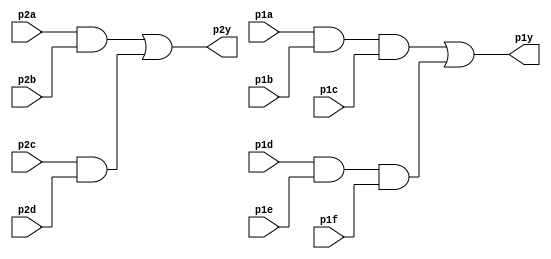
module top_module ( 
  input p1a, p1b, p1c, p1d, p1e, p1f,
  output p1y,
  input p2a, p2b, p2c, p2d,
  output p2y );
  
  wire p1abc;
  wire p1def;
  wire p2ab;
  wire p2cd;
  
  assign p1abc = (p1a && p1b && p1c);
  assign p1def = (p1d && p1e && p1f);
  assign p2ab = (p2a && p2b);
  assign p2cd = (p2c && p2d);
  
  assign p2y = p2ab || p2cd;
  assign p1y = p1abc || p1def;
endmodule